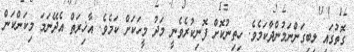
ގޮތުގައި ލިބިގަންނަމުންދާކަމެވެ. ހިތިނުކޮށް ފޮނިކުރެވެނީ މަދު މީހަކަށް ކަމެވެ. އާޚިރަތް އެދޭނަމަ މިކަންކަން